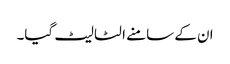
ان کے سامنے الٹا لیٹ گیا۔